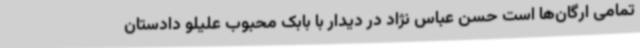
تمامی ارگان‌ها است حسن عباس نژاد در دیدار با بابک محبوب علیلو دادستان